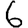
Digit: 6